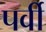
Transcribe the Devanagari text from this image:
पर्वी